Lunatic asylums Central Provinces reports 1886-1894 - 1886-1894
Year: 1886
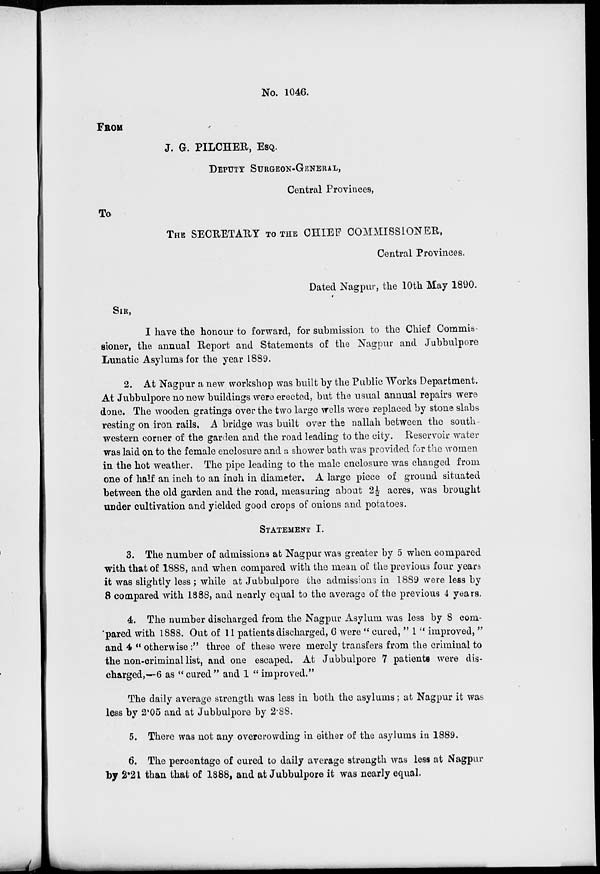
No. 1046.
FROM
J. G. PILCHER, ESQ.
DEPUTY SURGEON-GENERAL,
Central Provinces,
To
THE SECRETARY TO THE CHIEF COMMISSIONER,
Central Provinces.
Dated Nagpur, the 10th May 1890.
SIR,
I have the honour to forward, for submission to the Chief Commis
sioner, the annual Report and Statements of the Nagpur and Jubbulpore
Lunatic Asylums for the year 1889.
2. At Nagpur a new workshop was built by the Public Works Department.
At Jubbulpore no new buildings were erected, but the usual annual repairs were
done. The wooden gratings over the two large wells were replaced by stone slabs
resting on iron rails, A bridge was built over the nallah between the south-
western corner of the garden and the road leading to the city. Reservoir water
was laid on to the female enclosure and a shower bath was provided for the women
in the hot weather. The pipe leading to the male enclosure was changed from
one of half an inch to an inch in diameter. A large piece of ground situated
between the old garden and the road, measuring about 2 1/2 acres, was brought
under cultivation and yielded good crops of onions and potatoes.
STATEMENT I.
3. The number of admissions at Nagpur was greater by 5 when compared
with that of 1888, and when compared with the mean of the previous four years
it was slightly less ; while at Jubbulpore the admissions in 1889 were less by
8 compared with 1888, and nearly equal to the average of the previous 4 years.
4. The number discharged from the Nagpur Asylum was less by 8 com-
pared with 1888. Out of 11 patients discharged, 6 were " cured, " 1 " improved, "
and 4 " otherwise:" three of these were merely transfers from the criminal to
the non-criminal list, and one escaped. At Jubbulpore 7 patients were dis-
charged,—6 as "cured" and 1 "improved."
The daily average strength was less in both the asylums; at Nagpur it was
less by 2.05 and at Jubbulpore by 2.88.
5. There was not any overcrowding in either of the asylums in 1889.
6. The percentage of cured to daily average strength was less at Nagpur
by 2.21 than that of 1888, and at Jubbulpore it was nearly equal.